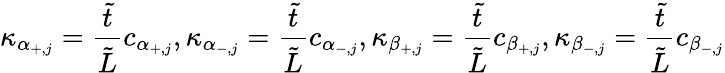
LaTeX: \kappa_{\alpha_{+,j}}=\frac{\tilde{t}}{\tilde{L}}c_{\alpha_{+,j}},\kappa_{\alpha_{-,j}}=\frac{\tilde{t}}{\tilde{L}}c_{\alpha_{-,j}},\kappa_{\beta_{+,j}}=\frac{\tilde{t}}{\tilde{L}}c_{\beta_{+,j}},\kappa_{\beta_{-,j}}=\frac{\tilde{t}}{\tilde{L}}c_{\beta_{-,j}}